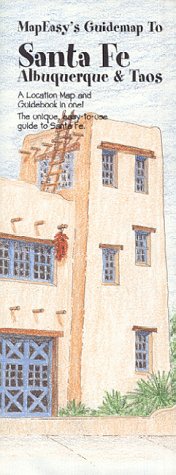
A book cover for MapEasy's Guidemap to Santa Fe, Albuquerque & Taos; MapEasy; Travel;